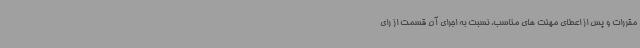
مقررات و پس از اعطای مهلت های مناسب، نسبت به اجرای آن قسمت از رای